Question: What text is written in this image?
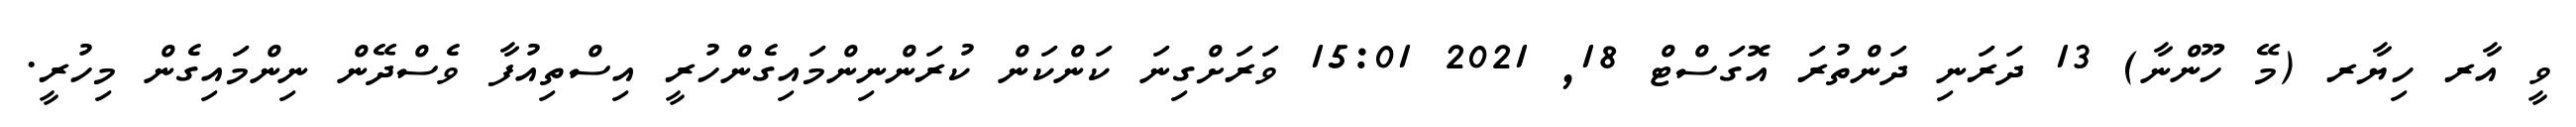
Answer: ވީ އާރ ހިޔާރ (މޭ ހޫންނާ) 13 ދަރަނި ދަންތުރަ އޮގަސްޓް 18, 2021 15:01 ވަރަށްގިނަ ކަންކަން ކުރަންނިންމައިގެންހުރީ އިސްތިއުފާ ވެސްދޭން ނިންމައިގެން މިހުރީ.